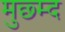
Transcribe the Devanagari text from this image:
मुछ्म्द